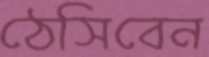
ঠেসিবেন